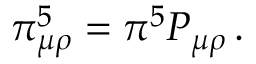
\pi _ { \mu \rho } ^ { 5 } = \pi ^ { 5 } P _ { \mu \rho } \, .